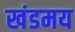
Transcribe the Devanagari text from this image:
खंडमय